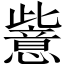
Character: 𱥉